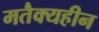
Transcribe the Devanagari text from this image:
मतैक्यहीन